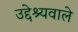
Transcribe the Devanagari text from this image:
उद्देश्यवाले